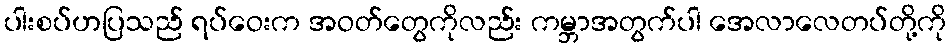
ပါးစပ်ဟပြသည် ရပ်ဝေးက အဝတ်တွေကိုလည်း ကမ္ဘာအတွက်ပါ အေလာလေတပ်တို့ကို